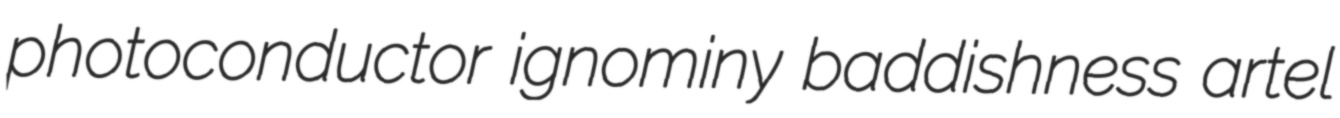
photoconductor ignominy baddishness artel